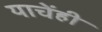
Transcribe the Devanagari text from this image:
याचेंही